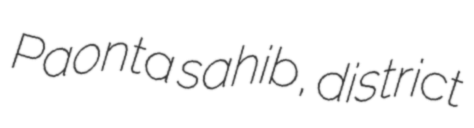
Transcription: Paonta sahib, district